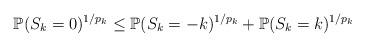
LaTeX: \begin{align*}\mathbb{P}(S_k=0)^{1/p_k} \leq \mathbb{P}(S_k=-k)^{1/p_k} + \mathbb{P}(S_k=k)^{1/p_k}\end{align*}